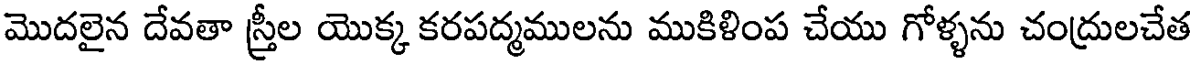
మొదలైన దేవతా స్త్రీల యొక్క కరపద్మములను ముకిళింప చేయు గోళ్ళను చంద్రులచేత